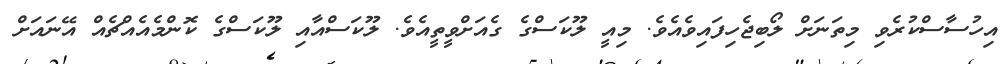
އިހުސާސްކުރެވި މިތަނަށް ލޯބިޖެހިފައިވެއެވެ. މިއީ ލޫކަސްގެ ގެއަށްވީތީއެވެ. ލޫކަސްއާއި ލޫކަސްގެ ކޮންމެއެއްޗެއް އޭނައަށް